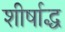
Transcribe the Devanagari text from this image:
शीर्षाद्ध